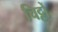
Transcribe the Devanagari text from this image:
चिट्टों